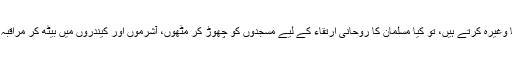
روحانیت کے متلاشی مختلف لوگ یہاں تپسیا وغیرہ کرتے ہیں، تو کیا مسلمان کا روحانی ارتقاء کے لیے مسجدوں کو چھوڑ کر مٹھوں، آشرموں اور کیندروں میں بیٹھ کر مراقبہ کرنا، تسبیحات اور مناجات کرنا جائز ہوگا؟